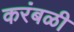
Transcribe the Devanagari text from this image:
करंबळी